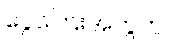
ငွေကြေးအတွက်